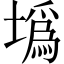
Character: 𡐮